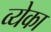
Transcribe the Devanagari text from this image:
व्येका